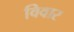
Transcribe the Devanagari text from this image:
विवार